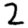
Digit: 2